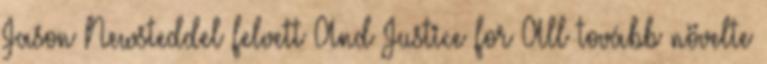
Jason Newsteddel felvett And Justice for All tovább növelte